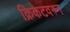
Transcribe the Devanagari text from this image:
क्रिकेटवरुन